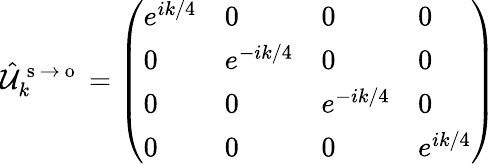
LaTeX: \hat{\mathcal{U}}_{k}^{\mathrm{~s~}\to\mathrm{~o~}}=\left(\begin{array}{llll}{e^{ik/4}}&{0}&{0}&{0}\\ {0}&{e^{-ik/4}}&{0}&{0}\\ {0}&{0}&{e^{-ik/4}}&{0}\\ {0}&{0}&{0}&{e^{ik/4}}\end{array}\right)